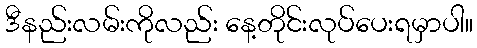
ဒီနည်းလမ်းကိုလည်း နေ့တိုင်းလုပ်ပေးရမှာပါ။